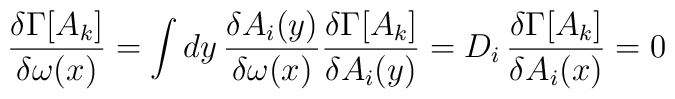
\frac{\delta\Gamma[A_{k}]}{\delta \omega (x)} = \int dy\,\frac{\delta  A_{i}(y)}{\delta \omega (x)} \frac{\delta\Gamma [A_{k}]}{\delta A_{i}(y)}  = D_{i}\,\frac{\delta \Gamma[A_{k}]}{\delta A_{i}(x)} = 0